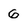
Character: 6